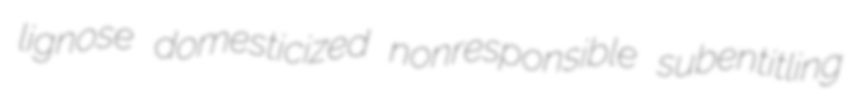
lignose domesticized nonresponsible subentitling